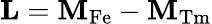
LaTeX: \mathbf{L}=\mathbf{M}_{\mathrm{Fe}}-\mathbf{M}_{\mathrm{Tm}}